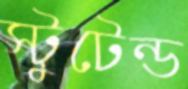
স্টুটেন্ড